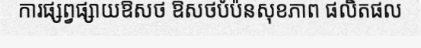
ការផ្សព្វផ្សាយឱសថ ឱសថបំប៉នសុខភាព ផលិតផល